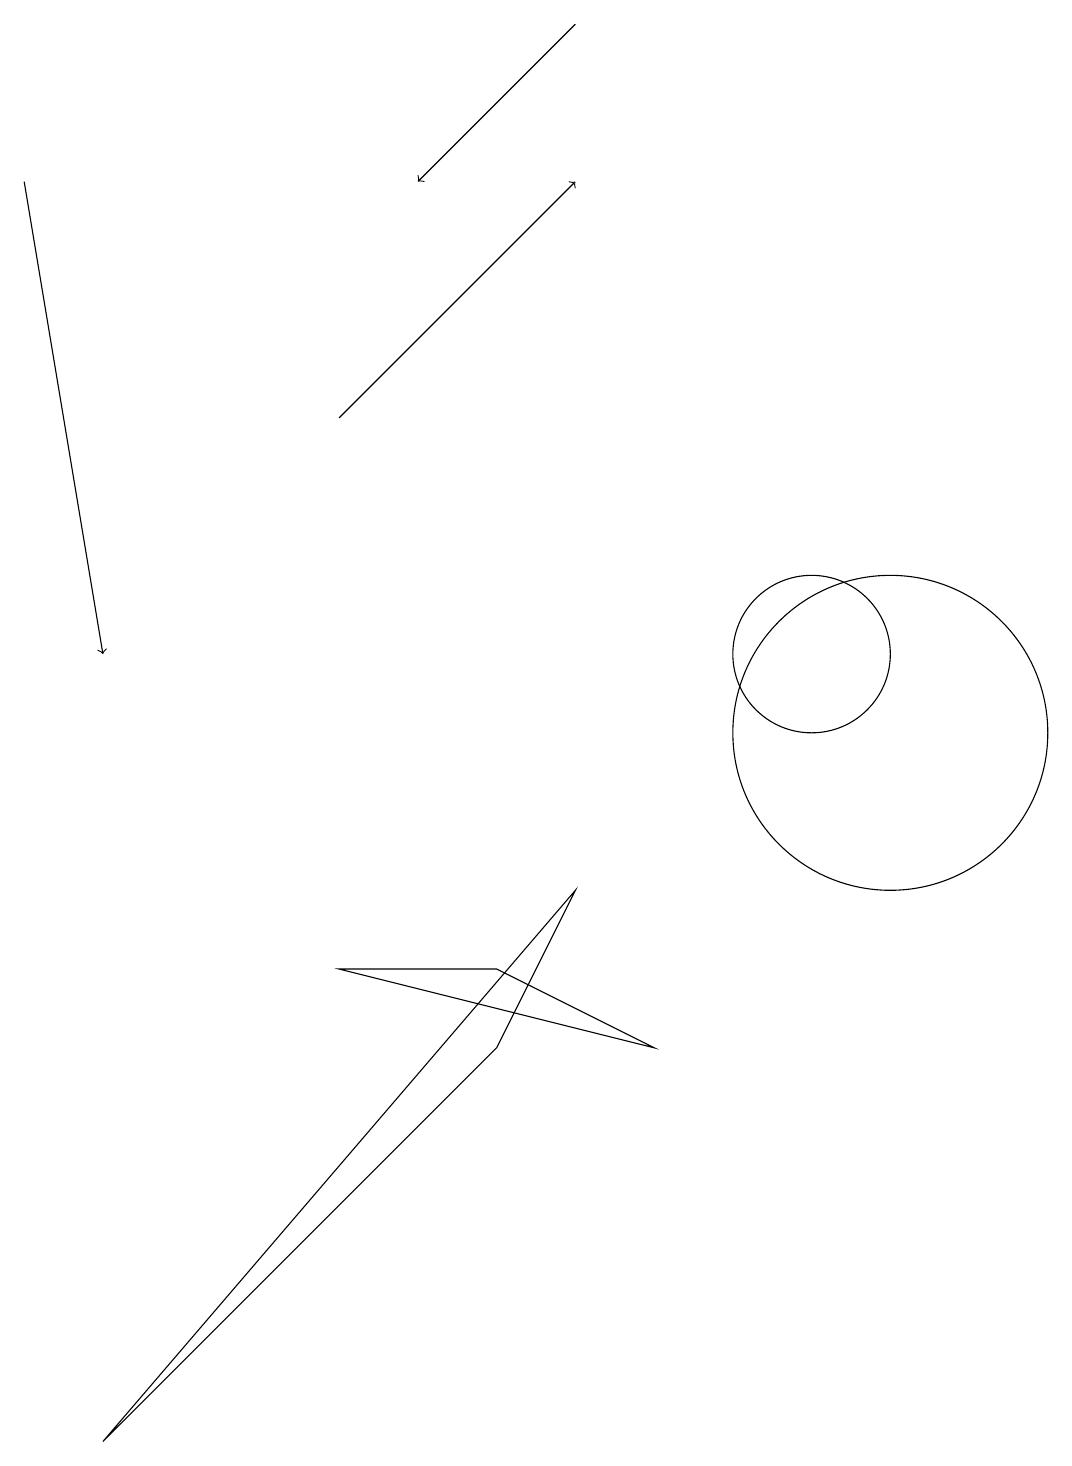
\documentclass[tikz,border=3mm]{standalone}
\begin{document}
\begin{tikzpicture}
\draw[->] (0,17) -- (1,11);
\draw (8,6) -- (4,7) -- (6,7) -- cycle;
\draw (6,6) -- (1,1) -- (7,8) -- cycle;
\draw[->] (4,14) -- (7,17);
\draw (10,11) circle (1);
\draw (11,10) circle (2);
\draw[->] (7,19) -- (5,17);
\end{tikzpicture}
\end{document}